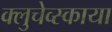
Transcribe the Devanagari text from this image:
क्लुचेव्स्काया